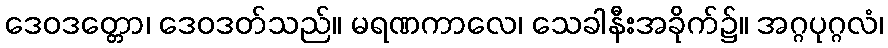
ဒေဝဒတ္တော၊ ဒေဝဒတ်သည်။ မရဏကာလေ၊ သေခါနီးအခိုက်၌။ အဂ္ဂပုဂ္ဂလံ၊